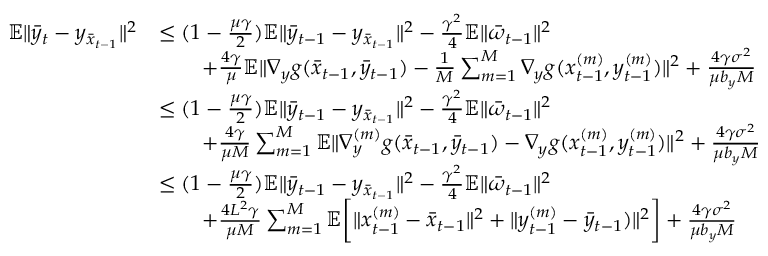
\begin{array} { r l } { \mathbb { E } \| \bar { y } _ { t } - y _ { \bar { x } _ { t - 1 } } \| ^ { 2 } } & { \leq ( 1 - \frac { \mu \gamma } { 2 } ) \mathbb { E } \| \bar { y } _ { t - 1 } - y _ { \bar { x } _ { t - 1 } } \| ^ { 2 } - \frac { \gamma ^ { 2 } } { 4 } \mathbb { E } \| \bar { \omega } _ { t - 1 } \| ^ { 2 } } \\ & { \qquad + \frac { 4 \gamma } { \mu } \mathbb { E } \| \nabla _ { y } g ( \bar { x } _ { t - 1 } , \bar { y } _ { t - 1 } ) - \frac { 1 } { M } \sum _ { m = 1 } ^ { M } \nabla _ { y } g ( x _ { t - 1 } ^ { ( m ) } , y _ { t - 1 } ^ { ( m ) } ) \| ^ { 2 } + \frac { 4 \gamma \sigma ^ { 2 } } { \mu b _ { y } M } } \\ & { \leq ( 1 - \frac { \mu \gamma } { 2 } ) \mathbb { E } \| \bar { y } _ { t - 1 } - y _ { \bar { x } _ { t - 1 } } \| ^ { 2 } - \frac { \gamma ^ { 2 } } { 4 } \mathbb { E } \| \bar { \omega } _ { t - 1 } \| ^ { 2 } } \\ & { \qquad + \frac { 4 \gamma } { \mu M } \sum _ { m = 1 } ^ { M } \mathbb { E } \| \nabla _ { y } ^ { ( m ) } g ( \bar { x } _ { t - 1 } , \bar { y } _ { t - 1 } ) - \nabla _ { y } g ( x _ { t - 1 } ^ { ( m ) } , y _ { t - 1 } ^ { ( m ) } ) \| ^ { 2 } + \frac { 4 \gamma \sigma ^ { 2 } } { \mu b _ { y } M } } \\ & { \leq ( 1 - \frac { \mu \gamma } { 2 } ) \mathbb { E } \| \bar { y } _ { t - 1 } - y _ { \bar { x } _ { t - 1 } } \| ^ { 2 } - \frac { \gamma ^ { 2 } } { 4 } \mathbb { E } \| \bar { \omega } _ { t - 1 } \| ^ { 2 } } \\ & { \qquad + \frac { 4 L ^ { 2 } \gamma } { \mu M } \sum _ { m = 1 } ^ { M } \mathbb { E } \bigg [ \| x _ { t - 1 } ^ { ( m ) } - \bar { x } _ { t - 1 } \| ^ { 2 } + \| y _ { t - 1 } ^ { ( m ) } - \bar { y } _ { t - 1 } ) \| ^ { 2 } \bigg ] + \frac { 4 \gamma \sigma ^ { 2 } } { \mu b _ { y } M } } \end{array}